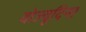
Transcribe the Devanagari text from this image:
वोज्वूदिना